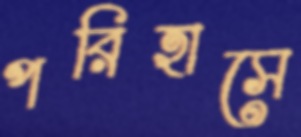
পরিহাসে